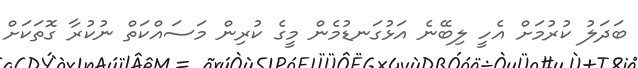
ބަދަލު ކުރުމަށް އެހީ ލިބޭނެ އަޅުގަނޑުމެން މީގެ ކުރިން މަސައްކަތް ނުކުރާ ގޮތަކަށް